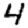
Digit: 4